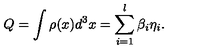
Q = \int \rho ( x ) d ^ { 3 } x = \sum _ { i = 1 } ^ { l } \beta _ { i } \eta _ { i } .